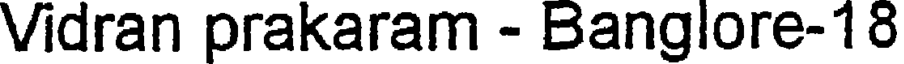
Vidran prakaram - Banglore-18